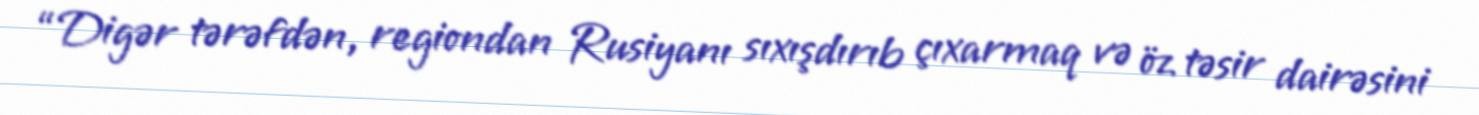
“Digər tərəfdən, regiondan Rusiyanı sıxışdırıb çıxarmaq və öz təsir dairəsini